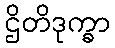
ဌိတိဒုက္ခာ